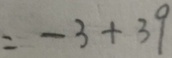
= - 3 + 3 9